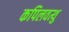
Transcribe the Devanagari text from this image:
कपिलवत्थु